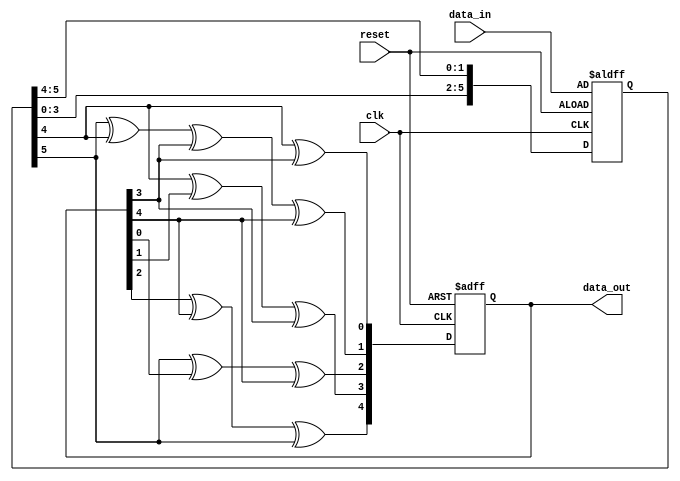
`timescale 1ns / 1ps
//////////////////////////////////////////////////////////////////////////////////
// Company: 
// Engineer: 
// 
// Design Name: 
// Module Name:    CRC_Unfold2_eq2 
// Project Name: 
// Target Devices: 
// Tool versions: 
// Description: 
//
// Dependencies: 
//
// Revision: 
// Revision 0.01 - File Created
// Additional Comments: 
//
//////////////////////////////////////////////////////////////////////////////////


//Verilog code for generator polynomial 1+y+y3+y5 with 2 level unfolding

module CRC_Unfold2_eq2(clk,reset,data_in,data_out);

input clk,reset;
input [5:0] data_in ;
output reg [4:0] data_out;
reg [5:0] data_reg;


always @(posedge clk or posedge reset)
begin
if(reset)
	begin
	data_out <= 0;
	$display("1  data_out = %b ",data_out);
	data_reg <= data_in;
	$display("1  data_in = %b ",data_reg);
	end
else
	begin
		
		data_out[0] <= data_reg[4]^data_out[3];
		data_out[1] <= data_reg[5]^data_reg[4]^data_out[3]^data_out[4];
		data_out[2] <= data_reg[5]^data_out[0]^data_out[4];
		data_out[3] <= data_reg[4]^data_out[1]^data_out[3];
		data_out[4] <= data_out[2]^data_out[4]^data_reg[5];
		
		
		//data_reg <= data_reg<<2;
		data_reg <= {data_reg[3:0],data_reg[5],data_reg[4]};
	
		//out <= {data_out[0],data_out[1],data_out[2],data_out[3],data_out[4],data_out[5],data_out[6],data_out[7],data_out[8]};
		$display($time," output = %b ",data_out);
		//$display($time," output = %b%b%b%b%b%b%b%b%b ",data_out[0],data_out[1],data_out[2],data_out[3],data_out[4],data_out[5],data_out[6],data_out[7],data_out[8]);
		//$display($time," data = %b ",data_reg);
	end
	//out <= ~data_out;
	//$display("2  out = %b ",out);
end

endmodule